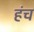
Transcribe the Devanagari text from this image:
हंच